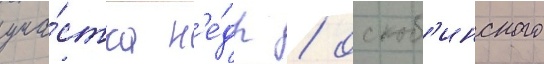
уча́стка н'е́др / оскоб'инского